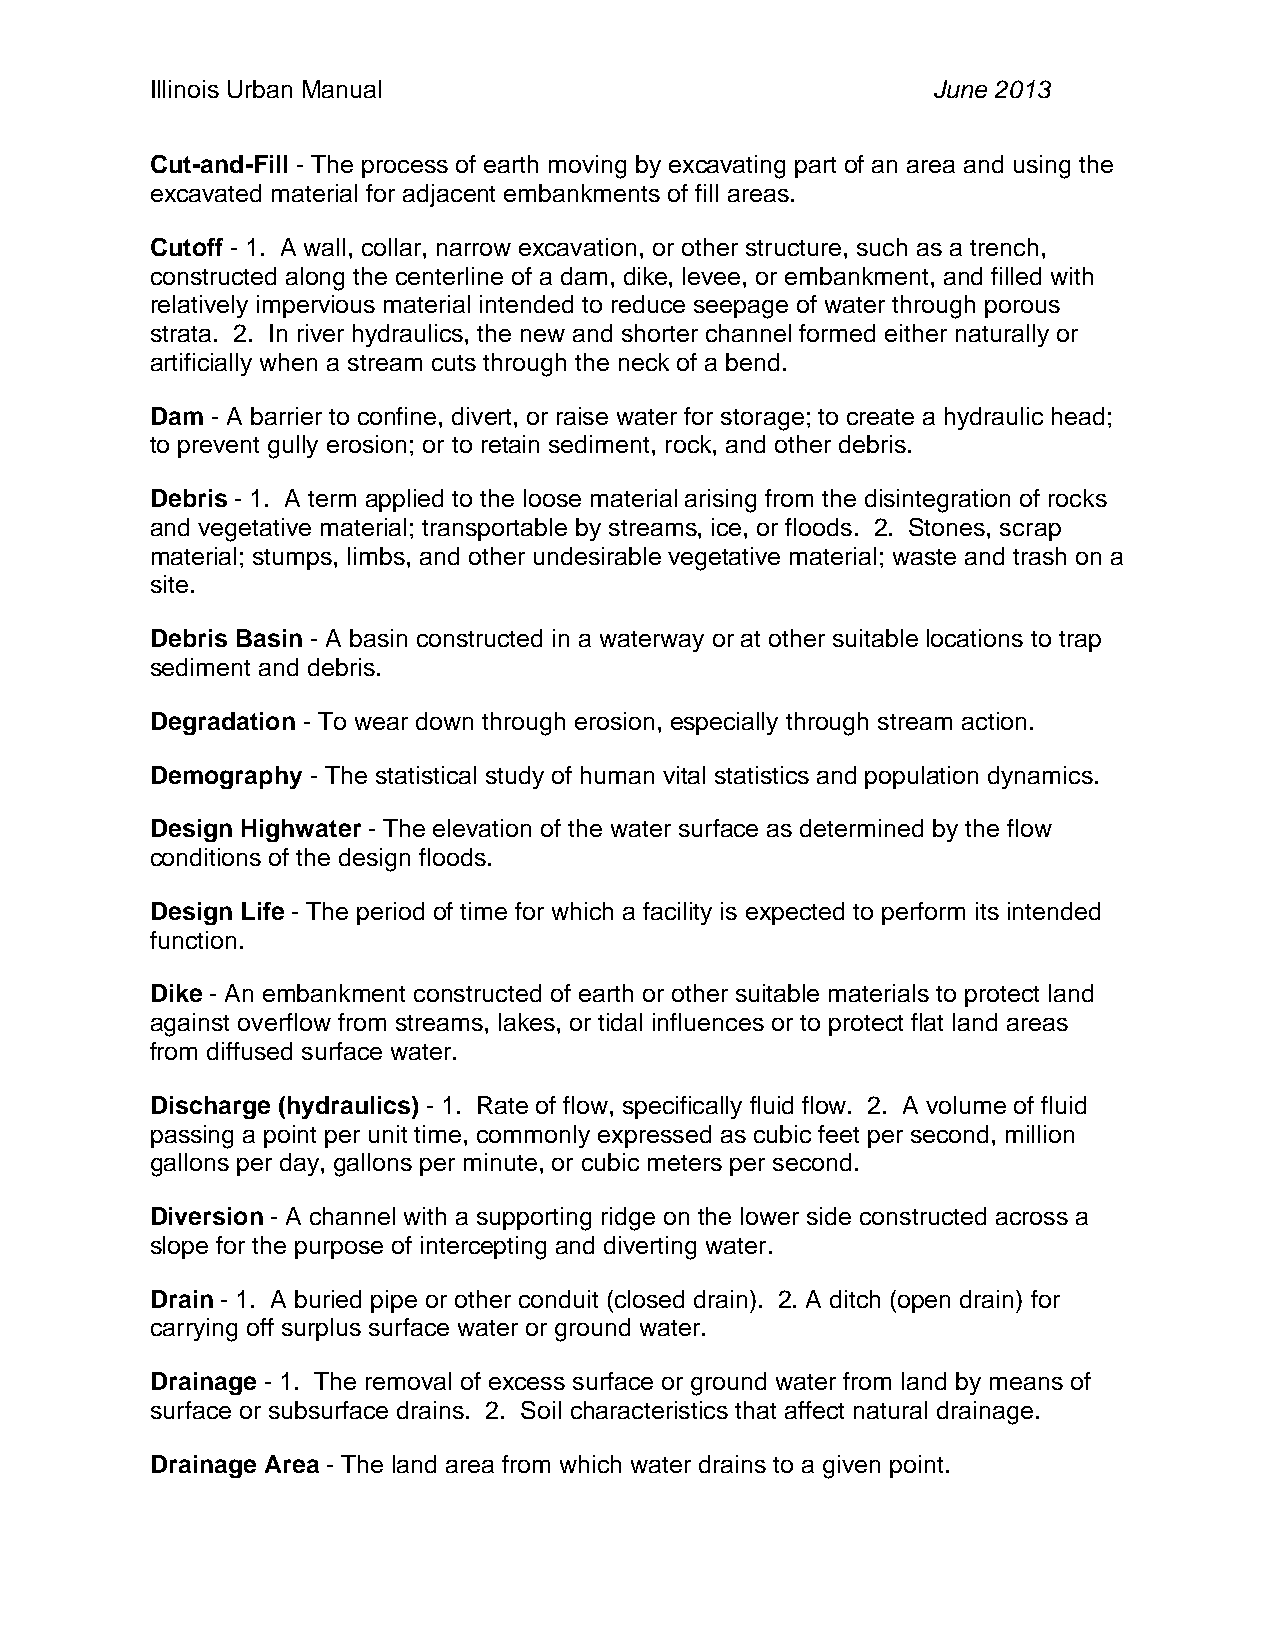
Illinois Urban Manual                               June 2013
 Cut-and-Fill - The process of earth moving by excavating part of an area and using the
 excavated material for adjacent embankments of fill areas.
 Cutoff - 1. A wall, collar, narrow excavation, or other structure, such as a trench,
 constructed along the centerline of a dam, dike, levee, or embankment, and filled with
 relatively impervious material intended to reduce seepage of water through porous
 strata. 2. In river hydraulics, the new and shorter channel formed either naturally or
 artificially when a stream cuts through the neck of a bend.
 Dam - A barrier to confine, divert, or raise water for storage; to create a hydraulic head;
 to prevent gully erosion; or to retain sediment, rock, and other debris.
 Debris - 1. A term applied to the loose material arising from the disintegration of rocks
 and vegetative material; transportable by streams, ice, or floods. 2. Stones, scrap
 material; stumps, limbs, and other undesirable vegetative material; waste and trash on a
 site.
 Debris Basin - A basin constructed in a waterway or at other suitable locations to trap
 sediment and debris.
 Degradation - To wear down through erosion, especially through stream action.
 Demography - The statistical study of human vital statistics and population dynamics.
 Design Highwater - The elevation of the water surface as determined by the flow
 conditions of the design floods.
 Design Life - The period of time for which a facility is expected to perform its intended
 function.
 Dike - An embankment constructed of earth or other suitable materials to protect land
 against overflow from streams, lakes, or tidal influences or to protect flat land areas
 from diffused surface water.
 Discharge (hydraulics) - 1. Rate of flow, specifically fluid flow. 2. A volume of fluid
 passing a point per unit time, commonly expressed as cubic feet per second, million
 gallons per day, gallons per minute, or cubic meters per second.
 Diversion - A channel with a supporting ridge on the lower side constructed across a
 slope for the purpose of intercepting and diverting water.
 Drain - 1. A buried pipe or other conduit (closed drain). 2. A ditch (open drain) for
 carrying off surplus surface water or ground water.
 Drainage - 1. The removal of excess surface or ground water from land by means of
 surface or subsurface drains. 2. Soil characteristics that affect natural drainage.
 Drainage Area - The land area from which water drains to a given point.